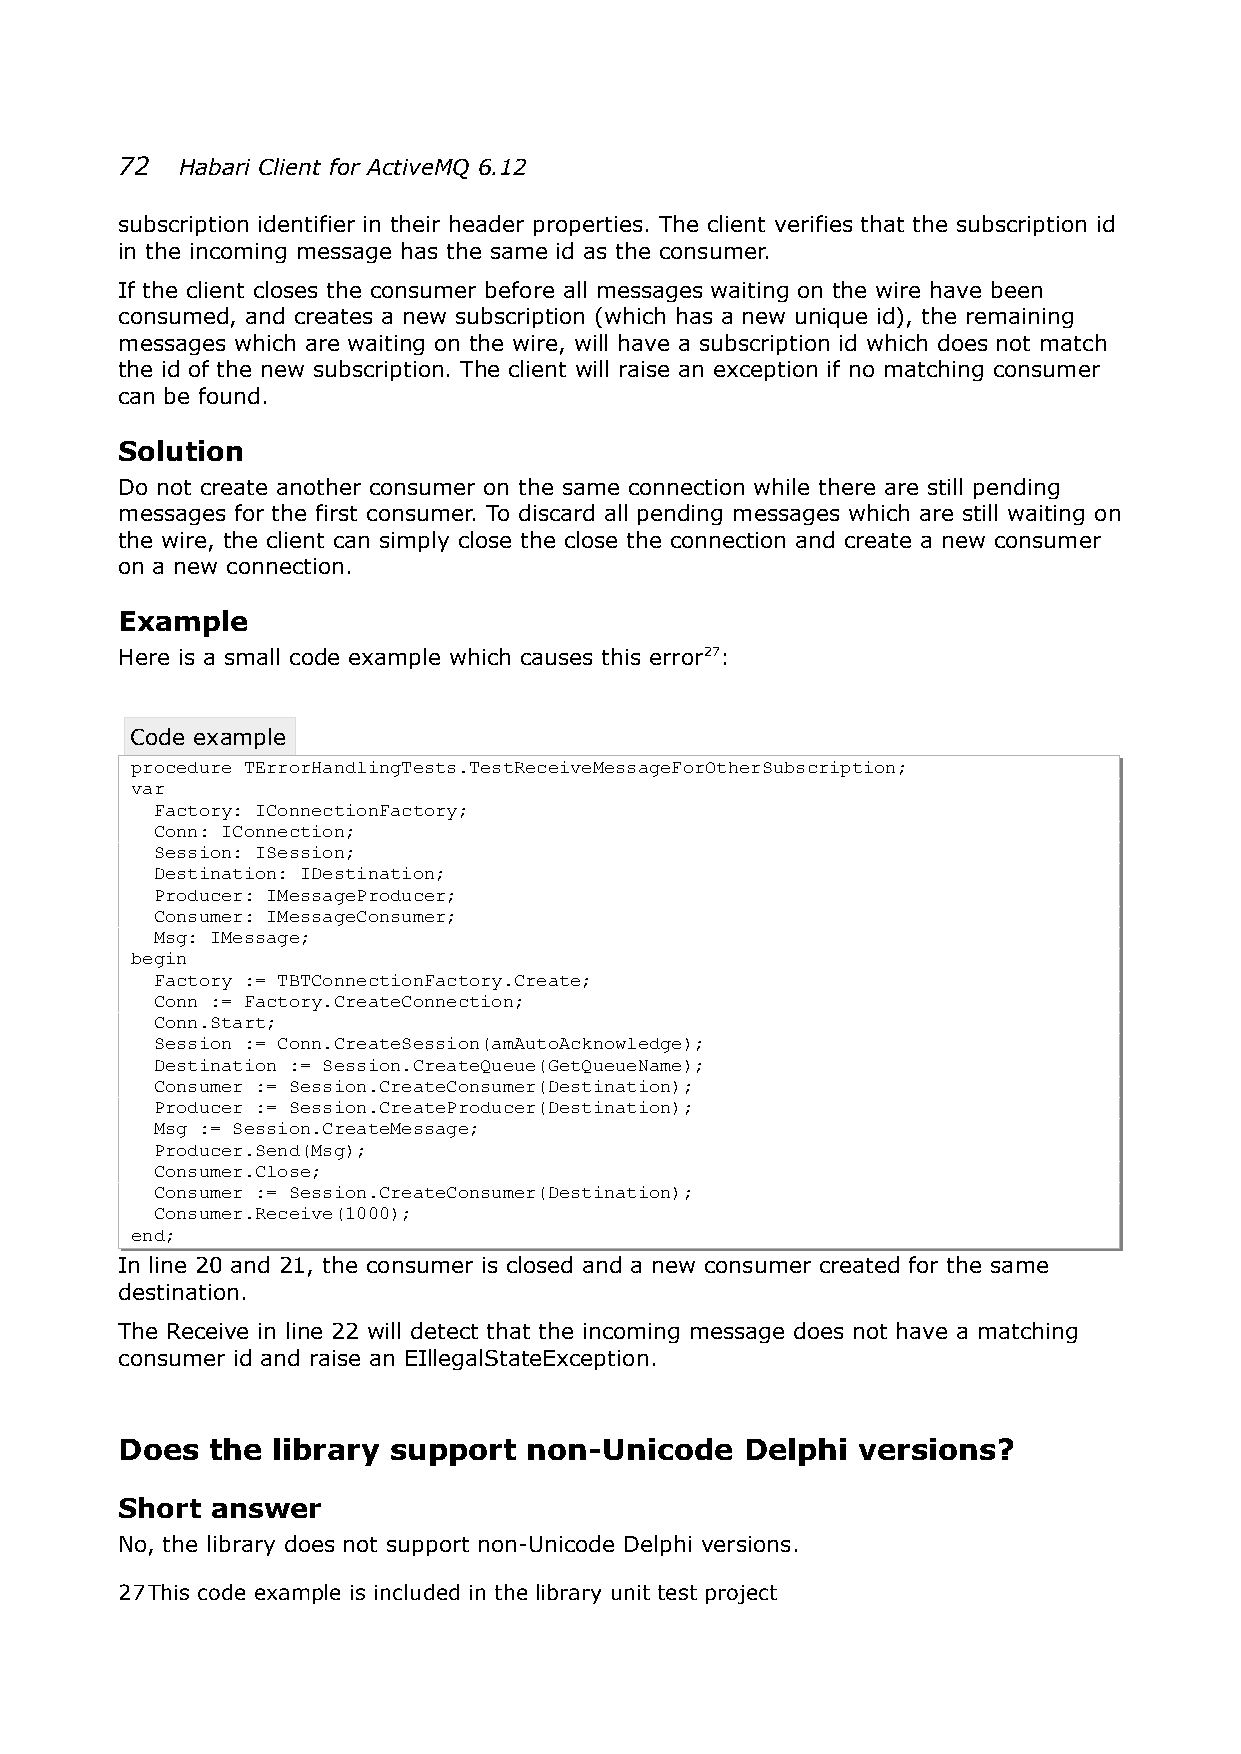
72  Habari Client for ActiveMQ 6.12
 subscription identifier in their header properties. The client verifies that the subscription id
 in the incoming message has the same id as the consumer.
 If the client closes the consumer before all messages waiting on the wire have been
 consumed, and creates a new subscription (which has a new unique id), the remaining
 messages which are waiting on the wire, will have a subscription id which does not match
 the id of the new subscription. The client will raise an exception if no matching consumer
 can be found.
 Solution
 Do not create another consumer on the same connection while there are still pending
 messages for the first consumer. To discard all pending messages which are still waiting on
 the wire, the client can simply close the close the connection and create a new consumer
 on a new connection.
 Example
 Here is a small code example which causes this error27:
 Code example
 procedure TErrorHandlingTests.TestReceiveMessageForOtherSubscription;
 var
 Factory: IConnectionFactory;
 Conn: IConnection;
 Session: ISession;
 Destination: IDestination;
 Producer: IMessageProducer;
 Consumer: IMessageConsumer;
 Msg: IMessage;
 begin
 Factory := TBTConnectionFactory.Create;
 Conn := Factory.CreateConnection;
 Conn.Start;
 Session := Conn.CreateSession(amAutoAcknowledge);
 Destination := Session.CreateQueue(GetQueueName);
 Consumer := Session.CreateConsumer(Destination);
 Producer := Session.CreateProducer(Destination);
 Msg := Session.CreateMessage;
 Producer.Send(Msg);
 Consumer.Close;
 Consumer := Session.CreateConsumer(Destination);
 Consumer.Receive(1000);
 end;
 In line 20 and 21, the consumer is closed and a new consumer created for the same
 destination.
 The Receive in line 22 will detect that the incoming message does not have a matching
 consumer id and raise an EIllegalStateException.
 Does  the library support  non-Unicode   Delphi  versions?
 Short answer
 No, the library does not support non-Unicode Delphi versions.
 27This code example is included in the library unit test project